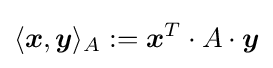
\langle {\boldsymbol {x}},{\boldsymbol {y}}\rangle _{A}:={\boldsymbol {x}}^{T}\cdot A\cdot {\boldsymbol {y}}